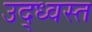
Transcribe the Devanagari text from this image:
उद्‍ध्वस्त